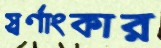
স্বর্ণাংকার